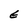
Character: E